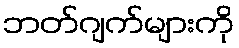
ဘတ်ဂျက်များကို